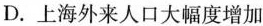
D.上海外来人口大幅度增加